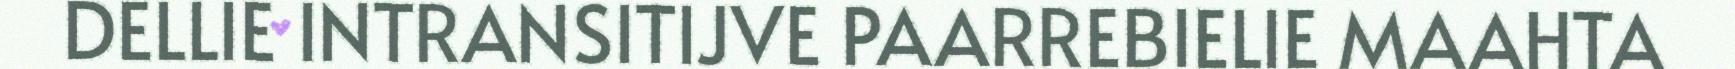
DELLIE INTRANSITIJVE PAARREBIELIE MAAHTA